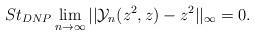
LaTeX: \begin{align*} St_{DNP}\lim_{n\rightarrow \infty}||\mathcal{Y}_{n}(z^{2},z)-z^{2}||_{\infty}=0.\\ \end{align*}